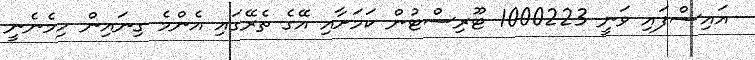
އައިސްފައި ވަނީ 1000223 ޓޫރިސްޓުން ކަމަށާއި އޭގެ ތެރޭގައި އެންމެ ގިނައިން ހިމެނެނީ